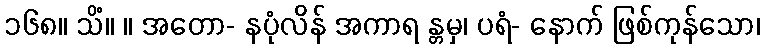
၁၆၈။ သိံ။ ။ အတော- နပုံလိန် အကာရ န္တမှ၊ ပရံ- နောက် ဖြစ်ကုန်သော၊